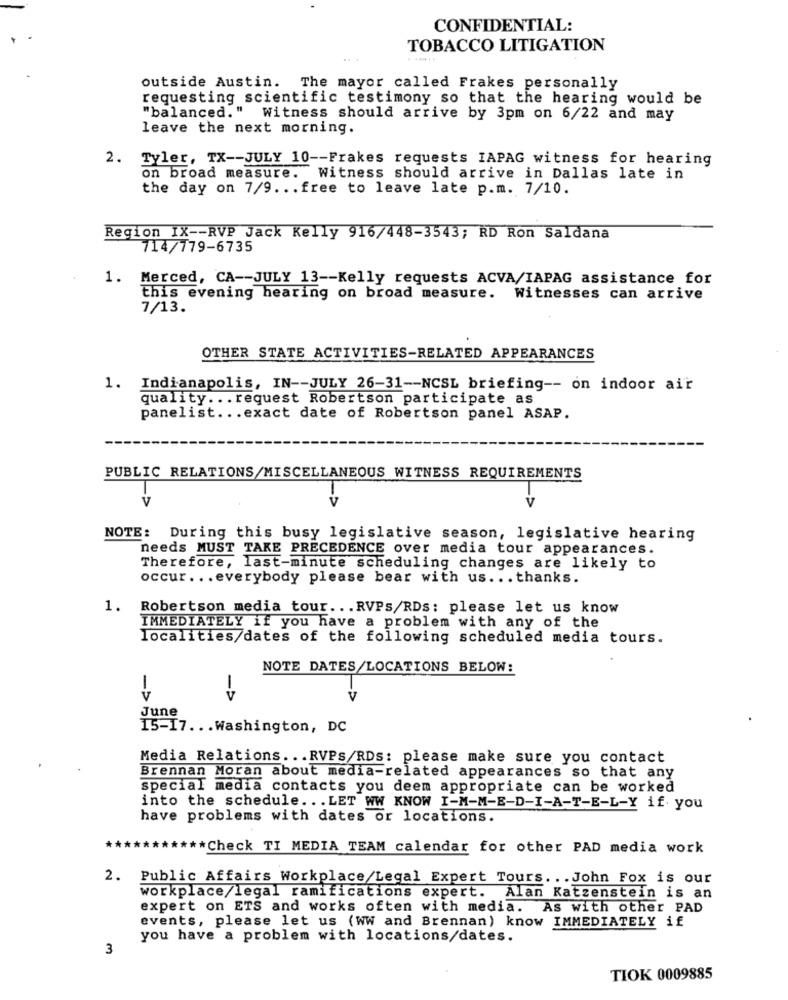
CONFIDENTIAL:
TOBACCO LITIGATION
......
outside Austin. The mayor called Frakes personally
requesting scientific testimony so that the hearing would be
"balanced." Witness should arrive by 3pm on 6/22 and may
leave the next morning.
2. Tyler, TX -- JULY 10 -- Frakes requests IAPAG witness for hearing
on broad measure. Witness should arrive in Dallas late in
the day on 7/9. .. free to leave late p.m. 7/10.
Region IX -- RVP Jack Kelly 916/448-3543; RD Ron Saldana
714/779-6735
1. Merced, CA -- JULY 13 -- Kelly requests ACVA/IAPAG assistance for
this evening hearing on broad measure. Witnesses can arrive
7/13.
OTHER STATE ACTIVITIES-RELATED APPEARANCES
1. Indianapolis, IN -- JULY 26-31 -- NCSL briefing -- on indoor air
quality ... request Robertson participate as
panelist ... exact date of Robertson panel ASAP.
PUBLIC RELATIONS/MISCELLANEOUS WITNESS REQUIREMENTS
V
V
V
NOTE: During this busy legislative season, legislative hearing
needs MUST TAKE PRECEDENCE over media tour appearances.
Therefore, last-minute scheduling changes are likely to
occur ... everybody please bear with us ... thanks.
1. Robertson media tour ... RVPS/RDs: please let us know
IMMEDIATELY if you have a problem with any of the
localities/dates of the following scheduled media tours.
NOTE DATES/LOCATIONS BELOW:
1
1
V
V
V
June
15-17 ... Washington, DC
Media Relations ... RVPs/RDS: please make sure you contact
Brennan Moran about media-related appearances so that any
special media contacts you deem appropriate can be worked
into the schedule ... LET WW KNOW I-M-M-E-D-I-A-T-E-L-Y if you
have problems with dates or locations.
**
***** Check TI MEDIA TEAM calendar for other PAD media work
2. Public Affairs Workplace/Legal Expert Tours. .. John Fox is our
workplace/legal ramifications expert. Alan Katzenstein is an
expert on ETS and works often with media. As with other PAD
events, please let us (WW and Brennan) know IMMEDIATELY if
you have a problem with locations/dates.
3
TIOK 0009885